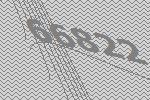
66822